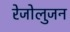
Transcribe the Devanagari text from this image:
रेजोलुजन